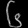
Digit: ၆